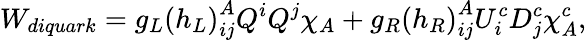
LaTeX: W_{diquark}=g_{L}\left(h_{L}\right)_{ij}^{A}Q^{i}Q^{j}\chi_{A}+g_{R}\left(h_{R}\right)_{ij}^{A}U_{i}^{c}D_{j}^{c}\chi_{A}^{c},